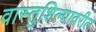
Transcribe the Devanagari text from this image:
वास्तुशिल्पावरील